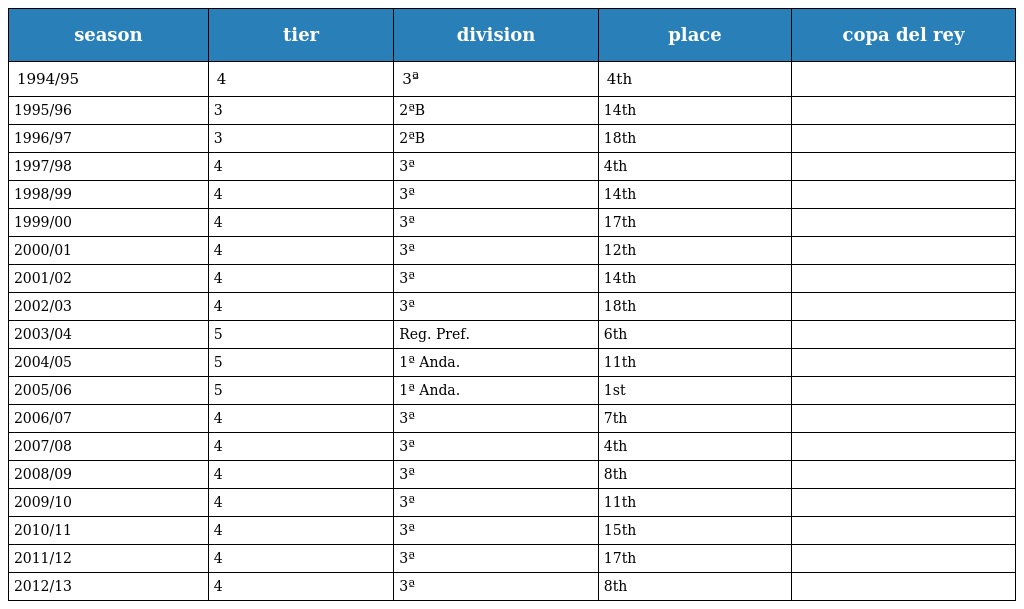
| season | tier | division | place | copa del rey |
 | --- | --- | --- | --- | --- |
 | 1994/95 | 4 | 3ª | 4th |  |
 | 1995/96 | 3 | 2ªB | 14th |  |
 | 1996/97 | 3 | 2ªB | 18th |  |
 | 1997/98 | 4 | 3ª | 4th |  |
 | 1998/99 | 4 | 3ª | 14th |  |
 | 1999/00 | 4 | 3ª | 17th |  |
 | 2000/01 | 4 | 3ª | 12th |  |
 | 2001/02 | 4 | 3ª | 14th |  |
 | 2002/03 | 4 | 3ª | 18th |  |
 | 2003/04 | 5 | Reg. Pref. | 6th |  |
 | 2004/05 | 5 | 1ª Anda. | 11th |  |
 | 2005/06 | 5 | 1ª Anda. | 1st |  |
 | 2006/07 | 4 | 3ª | 7th |  |
 | 2007/08 | 4 | 3ª | 4th |  |
 | 2008/09 | 4 | 3ª | 8th |  |
 | 2009/10 | 4 | 3ª | 11th |  |
 | 2010/11 | 4 | 3ª | 15th |  |
 | 2011/12 | 4 | 3ª | 17th |  |
 | 2012/13 | 4 | 3ª | 8th |  |